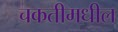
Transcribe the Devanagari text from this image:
चकतीमधील